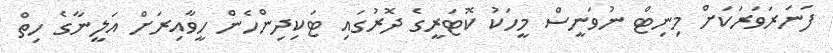
ފަނަރަވަރަކަށް މިނިޓް ނުވަނީސް މީހަކު ކޮޓަރީގެ ދޮރުގައި ޓަކިދިންހެން ހީވާއިރަށް އަލީނާގެ ހިތް